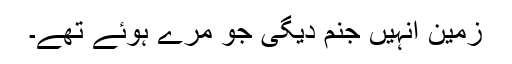
زمین انہیں جنم دیگی جو مرے ہوئے تھے۔